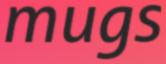
mugs